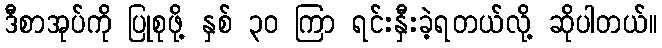
ဒီစာအုပ်ကို ပြုစုဖို့ နှစ် ၃၀ ကြာ ရင်းနှီးခဲ့ရတယ်လို့ ဆိုပါတယ်။